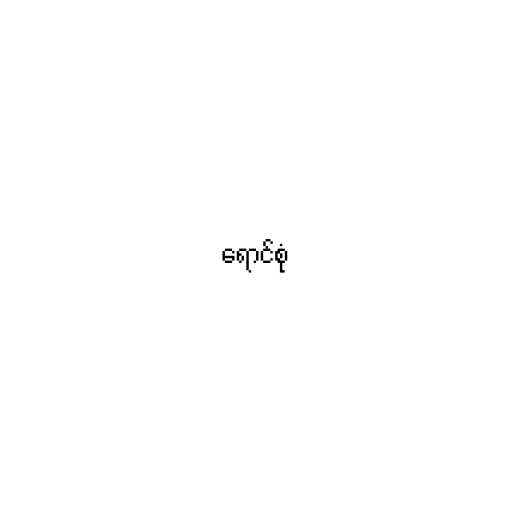
ရောင်စုံ